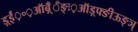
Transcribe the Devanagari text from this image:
ड़्ईं़॰़ऑब़्ँँँङ्ः़ऑड़्फ्ङीऊङ्ञ्